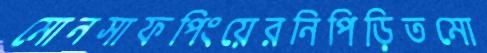
মোনসাফপিংয়েরনিপিড়িতমো